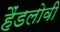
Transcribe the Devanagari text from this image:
हैंडलोवी